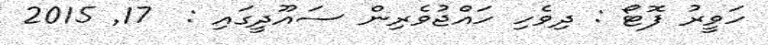
ހަވީރު ފޮޓޯ : ދިވެހި ހައްޖުވެރިން ސައޫދީގައި :  17